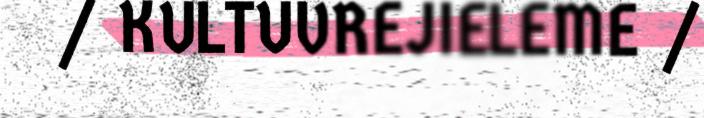
/ KULTUVREJIELEME /